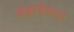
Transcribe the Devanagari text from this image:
ब्रह्मदेवता